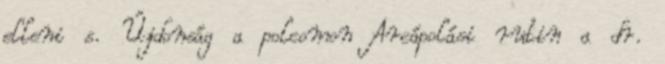
elleni s. Újdonság a polcomon Arcápolási rutin a dr.